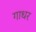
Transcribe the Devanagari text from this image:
गाधर